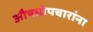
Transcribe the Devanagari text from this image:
औषधोपचारांना